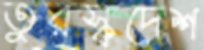
তুরস্কদেশ